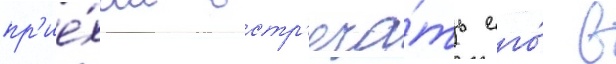
пр'ие́хал встр'еча́ть его́ в